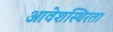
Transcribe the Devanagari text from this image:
आवेशस्थिरता